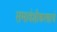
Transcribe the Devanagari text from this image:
समावेशीकरणाचे